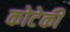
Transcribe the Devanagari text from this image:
कोटेकी